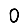
Digit: 0